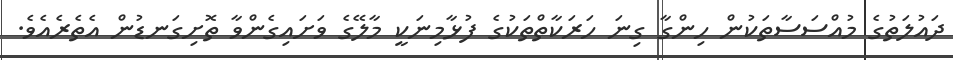
ދައުލަތުގެ މުއްސަސާތަކުން ހިންގާ ގިނަ ހަރަކާތްތަކުގެ ފުޅާމިނަކީ މާލޭގެ ވަށައިގެންވާ ތޮށިގަނޑުން އެތެރެއެވެ.